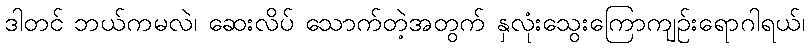
ဒါတင် ဘယ်ကမလဲ၊ ဆေးလိပ် သောက်တဲ့အတွက် နှလုံးသွေးကြောကျဉ်းရောဂါရယ်၊